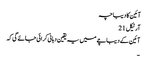
آئین کا دیباچہ
آرٹیکل 21
آئین کے دیباچے میں یہ یقین دہانی کرائی جائے گی کہ
۔